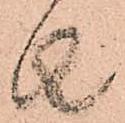
者